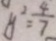
y ^ { 2 } = \frac { 4 } { 7 }